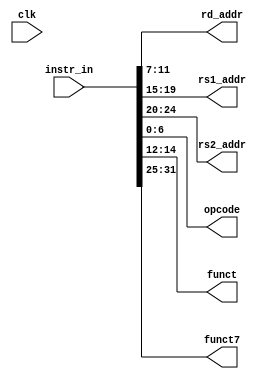
`timescale 1ns / 1ps
//////////////////////////////////////////////////////////////////////////////////
// Company: 
// Engineer: 
// 
// Design Name: 
// Module Name: Instruction_decode
// Project Name: 
// Target Devices: 
// Tool Versions: 
// Description: 
// 
// Dependencies: 
// 
// Revision:
// Revision 0.01 - File Created
// Additional Comments:
// 
//////////////////////////////////////////////////////////////////////////////////


module Instruction_decode(
    input  clk, 
    input  [31:0]instr_in,
    output [4:0]rd_addr,
    output [4:0]rs1_addr,
    output [4:0]rs2_addr,
    output [6:0]opcode,
    output [2:0]funct,
    output [6:0]funct7
    );

       assign opcode   = instr_in[6:0];
       assign funct    = instr_in[14:12];
       assign rd_addr  = instr_in[11:7];
       assign rs1_addr = instr_in[19:15];
       assign rs2_addr = instr_in[24:20];
       assign funct7 = instr_in[31:25];
endmodule